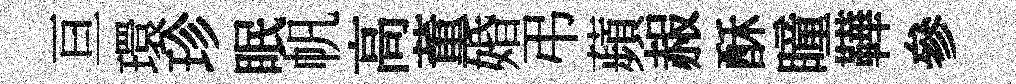
亘環珍眠帆高董婚弔蘋赧酥瞳鞾參